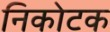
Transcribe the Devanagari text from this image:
निकोटक